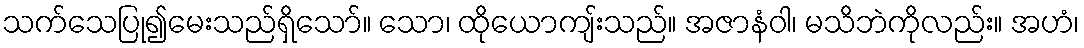
သက်သေပြု၍မေးသည်ရှိသော်။ သော၊ ထိုယောကျ်းသည်။ အဇာနံဝါ၊ မသိဘဲကိုလည်း။ အဟံ၊